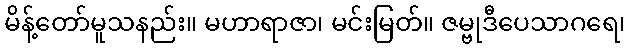
မိန့်တော်မူသနည်း။ မဟာရာဇာ၊ မင်းမြတ်။ ဇမ္ဗုဒီပေသာဂရေ၊